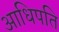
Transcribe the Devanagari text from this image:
आधिपति